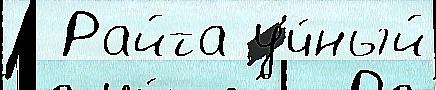
  Райта уч́ный